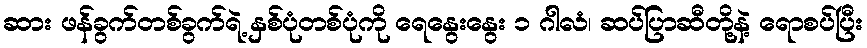
ဆား ဖန်ခွက်တစ်ခွက်ရဲ့ နှစ်ပုံတစ်ပုံကို ရေနွေးနွေး ၁ ဂါလံ၊ ဆပ်ပြာဆီတို့နဲ့ ရောစပ်ပြီး